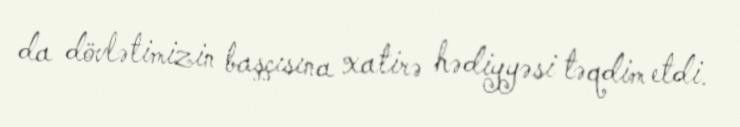
da dövlətimizin başçısına xatirə hədiyyəsi təqdim etdi.